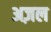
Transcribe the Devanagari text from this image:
अज़ल